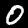
Digit: 0